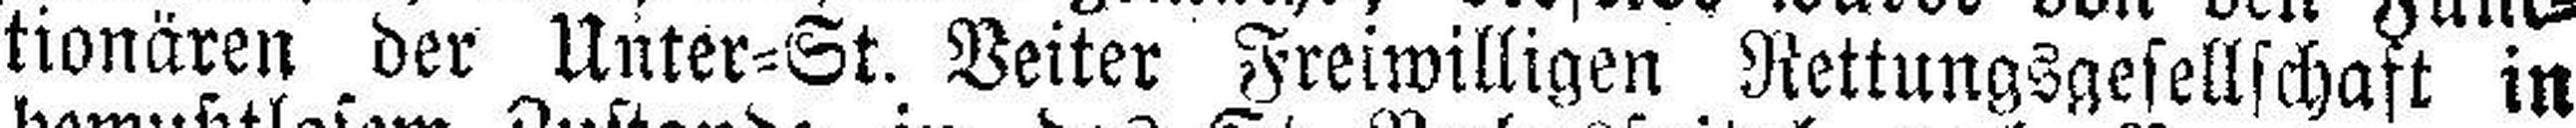
tionären der Unter=St. Veiter Freiwilligen Rettungsgesellschaft in